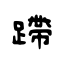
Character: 蹛